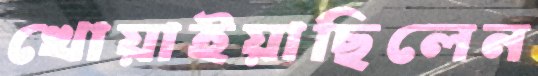
খোয়াইয়াছিলেন